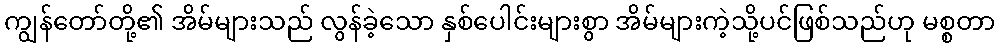
ကျွန်တော်တို့၏ အိမ်များသည် လွန်ခဲ့သော နှစ်ပေါင်းများစွာ အိမ်များကဲ့သို့ပင်ဖြစ်သည်ဟု မစ္စတာ